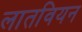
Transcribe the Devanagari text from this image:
लातवियन